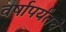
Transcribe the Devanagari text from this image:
वर्षापर्यंतचे